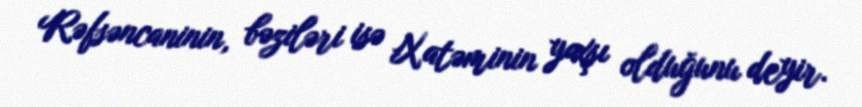
Rəfsəncaninin, bəziləri isə Xatəminin yaxşı olduğunu deyir.